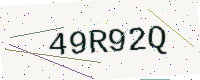
Text: 49R92Q